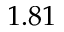
1 . 8 1